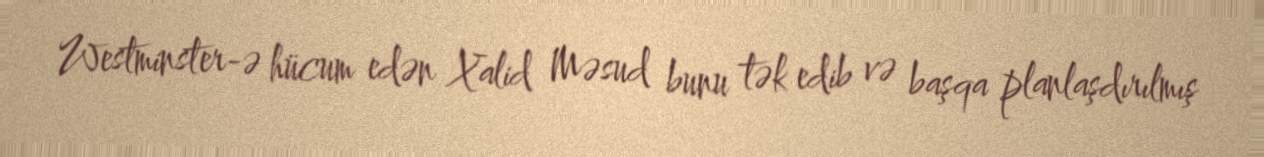
Westminster-ə hücum edən Xalid Məsud bunu tək edib və başqa planlaşdırılmış